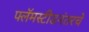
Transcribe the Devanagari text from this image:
फ्लॅमस्टीडनंतरचे